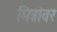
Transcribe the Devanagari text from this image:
मित्रांवर